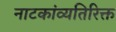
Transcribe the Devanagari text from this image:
नाटकांव्यतिरिक्त